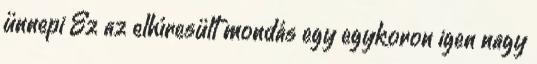
ünnepi Ez az elhíresült mondás egy egykoron igen nagy